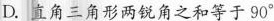
D.直角三角形两锐角之和等于90^{\circ}